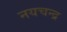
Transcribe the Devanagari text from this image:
नयचन्द्र